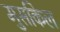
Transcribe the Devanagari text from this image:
मुसकिल